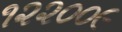
૧૨૨૦૦૯